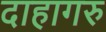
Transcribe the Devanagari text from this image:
दाहागरु